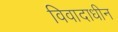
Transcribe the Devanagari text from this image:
विवादाधीन